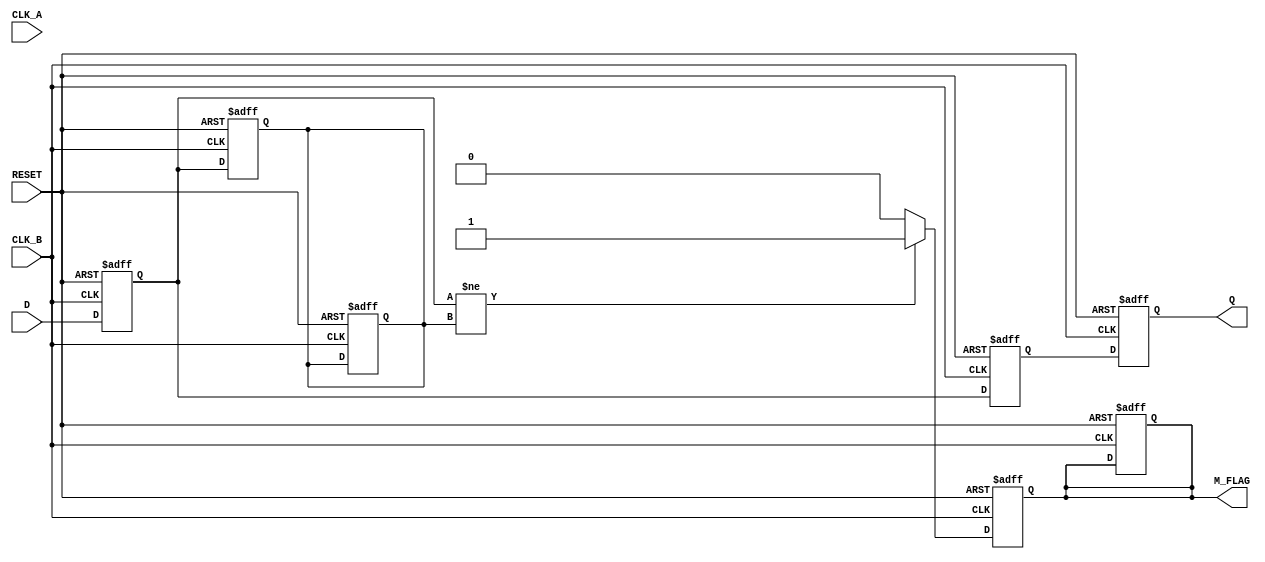
module cdc_detector (
    input wire D,            // Data signal to be monitored
    input wire CLK_A,        // Clock signal of the source domain
    input wire CLK_B,        // Clock signal of the destination domain
    input wire RESET,        // Asynchronous reset signal
    output reg M_FLAG,       // Metastability flag
    output reg Q            // Synchronized output
);

    // Internal signals for flip-flops
    reg D_ff1, D_ff2;

    // Metastability detection logic
    reg D_prev_ff1;

    // Asynchronous reset and flip-flop sampling on CLK_B
    always @(posedge CLK_B or posedge RESET) begin
        if (RESET) begin
            D_ff1 <= 1'b0;
            D_ff2 <= 1'b0;
            Q <= 1'b0;
            M_FLAG <= 1'b0;
            D_prev_ff1 <= 1'b0;
        end else begin
            D_ff1 <= D;          // Sample data in first flip-flop
            D_ff2 <= D_ff1;      // Sample output of FF1 in FF2
            Q <= D_ff2;          // Output synchronized data
        end
    end

    // Metastability flag generation
    always @(posedge CLK_B or posedge RESET) begin
        if (RESET) begin
            M_FLAG <= 1'b0;
            D_prev_ff1 <= 1'b0;
        end else begin
            // Check for metastability condition
            if (D_ff1 != D_prev_ff1) begin
                M_FLAG <= 1'b1;   // Indicate metastability condition
            end else begin
                M_FLAG <= 1'b0;   // Clear metastability flag
            end

            // Update previous state for next comparison
            D_prev_ff1 <= D_ff1;
        end
    end

endmodule